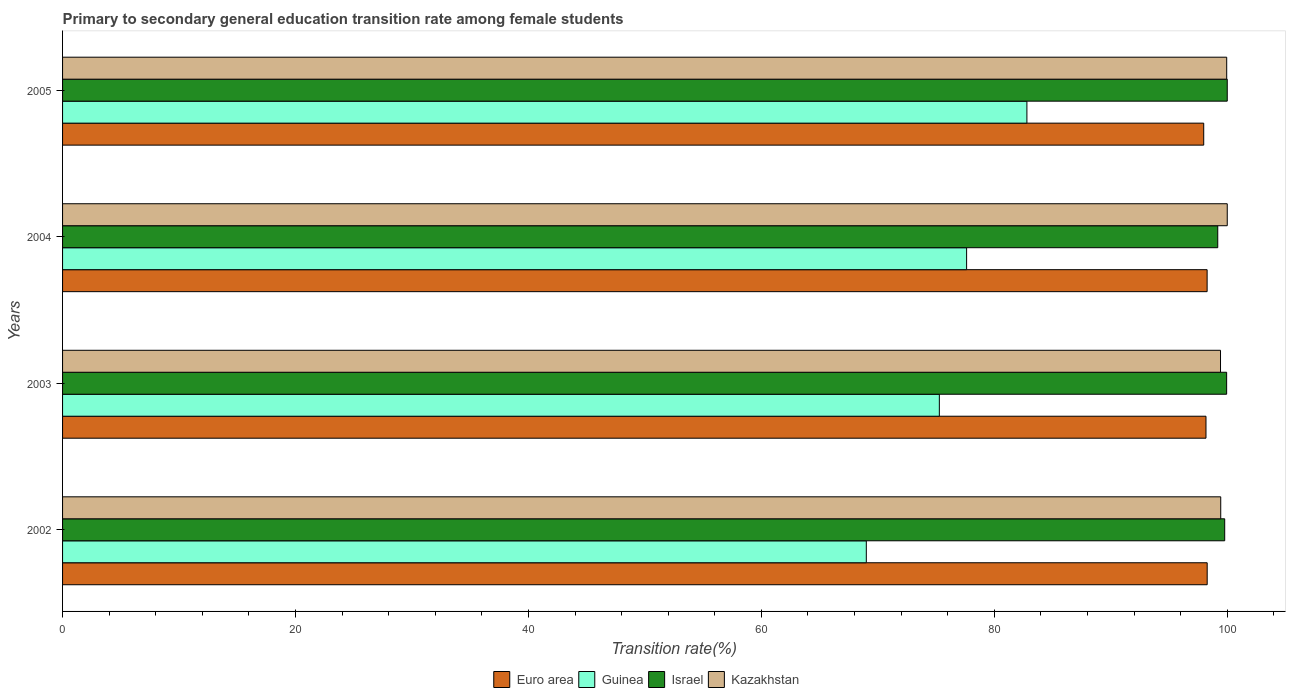
| Years | Euro area | Guinea | Israel | Kazakhstan |
 | --- | --- | --- | --- | --- |
 | 2002 | 98.3 | 69 | 99.8 | 99.4 |
 | 2003 | 98.2 | 75.3 | 99.9 | 99.4 |
 | 2004 | 98.3 | 77.6 | 99.2 | 100 |
 | 2005 | 98 | 82.8 | 100 | 100 |